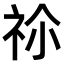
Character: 𥙄